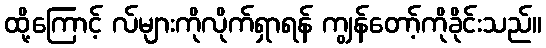
ထို့ကြောင့် လ်များကိုလိုက်ရှာရန် ကျွန်တော့်ကိုခိုင်းသည်။